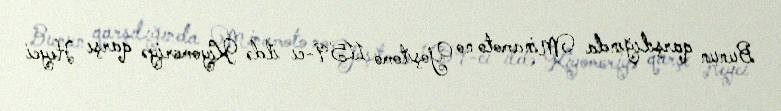
Bunun qarşılığında Minamoto no Yoşitomo 1159-cı ildə Kiyomoriyə qarşı Heyci